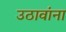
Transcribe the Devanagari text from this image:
उठावांना